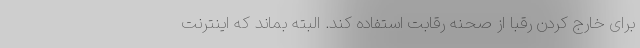
برای خارج کردن رقبا از صحنه رقابت استفاده کند. البته بماند که اینترنت